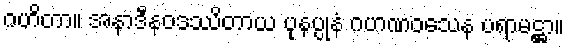
ဂဟိတာ။ အနာဒီနဝဒဿိတာယ ပုနပ္ပုနံ ဂဟဏဝသေန ပရာမဋ္ဌာ။